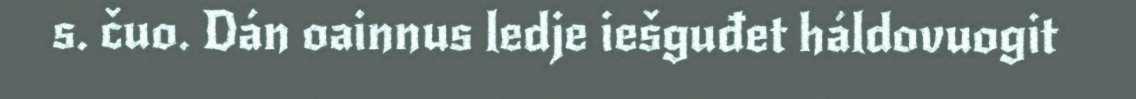
s. čuo. Dán oainnus ledje iešguđet háldovuogit